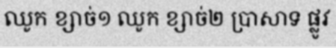
ឈូក ខ្សាច់១ ឈូក ខ្សាច់២ ប្រាសាទ ផ្លូវ